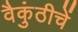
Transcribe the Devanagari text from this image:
वैकुंठीचें